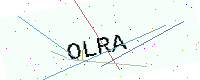
Text: OLRA